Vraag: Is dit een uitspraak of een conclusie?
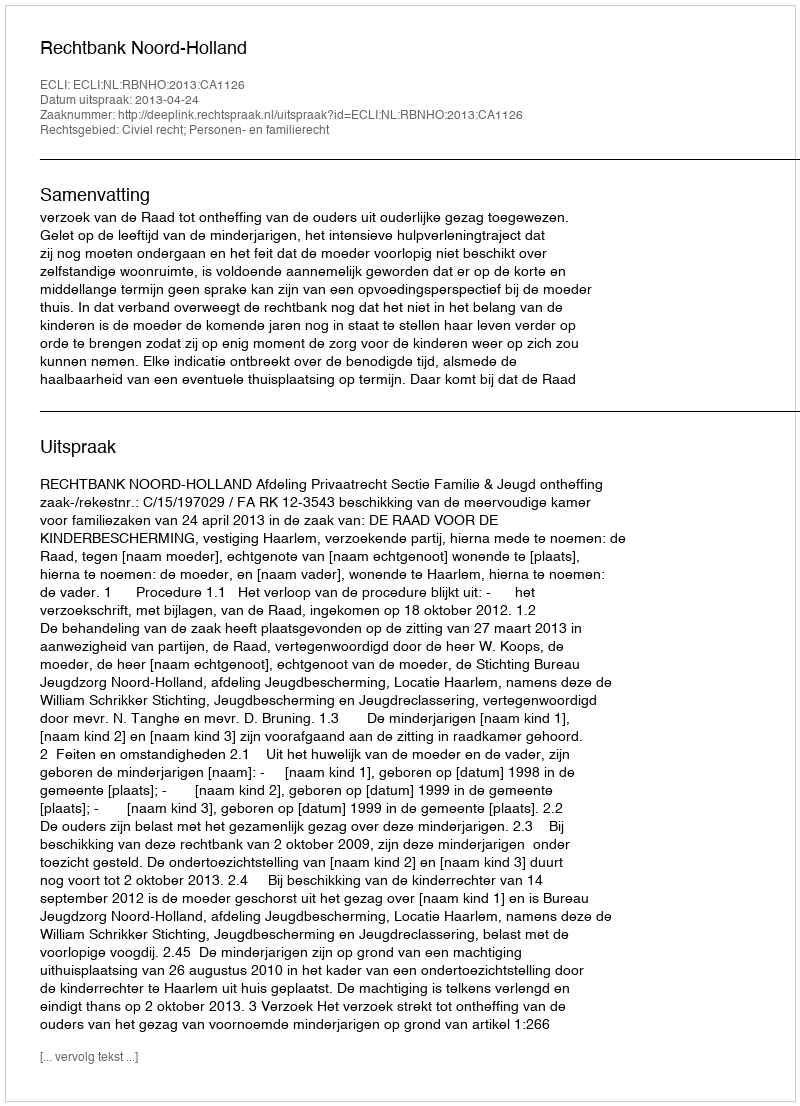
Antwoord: Uitspraak